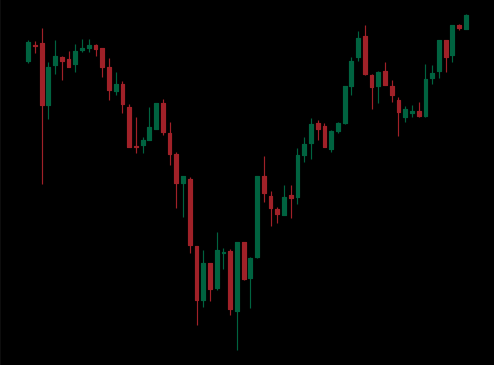
Pattern: inverse_head_shoulders